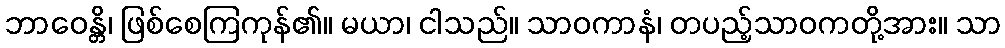
ဘာဝေန္တိ၊ ဖြစ်စေကြကုန်၏။ မယာ၊ ငါသည်။ သာဝကာနံ၊ တပည့်သာဝကတို့အား။ သာ